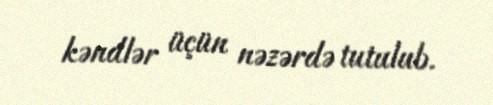
kəndlər üçün nəzərdə tutulub.